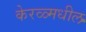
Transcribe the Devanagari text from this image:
केरळ्मधील